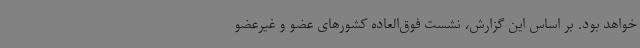
خواهد بود. بر اساس این گزارش، نشست فوق‌العاده کشورهای عضو و غیرعضو